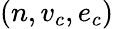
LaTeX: (n,v_{c},e_{c})